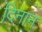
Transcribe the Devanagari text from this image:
दिनान